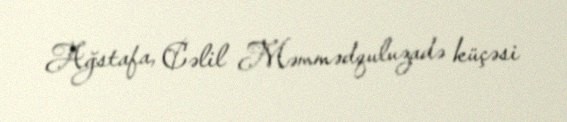
Ağstafa, Cəlil Məmmədquluzadə küçəsi